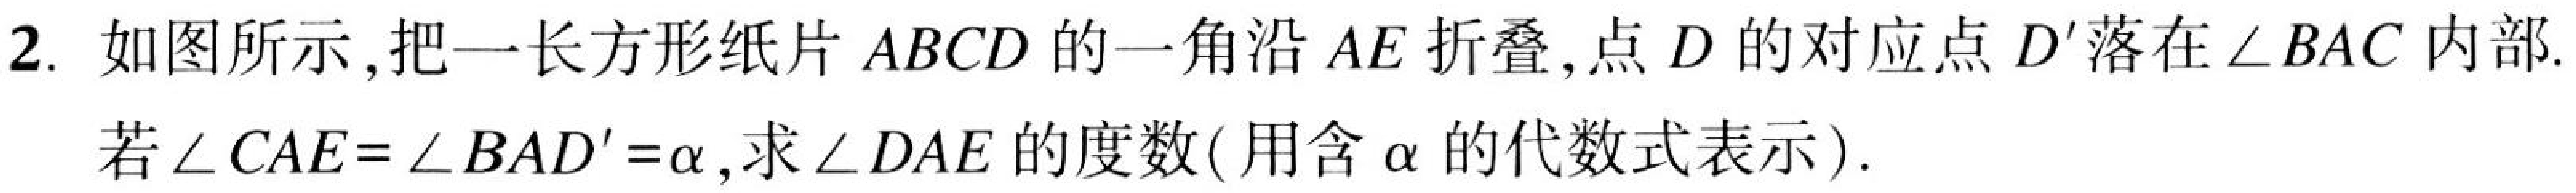
2. 如图所示,把一长方形纸片 \(ABCD\) 的一角沿 \(AE\) 折叠,点 \(D\) 的对应点 \(D'\) 落在 \(\angle BAC\) 内部.
若\(\angle CAE = \angle BAD'=\alpha\),求\(\angle DAE\)的度数(用含\(\alpha\)的代数式表示).